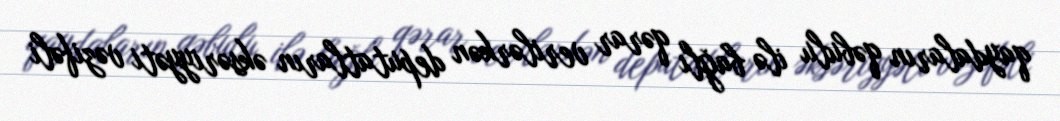
qaydaların qəbulu ilə bağlı qərar verilərkən deputatların əksəriyyəti vəzifəli